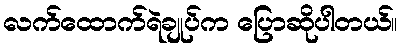
လက်ထောက်ရဲချုပ်က ပြောဆိုပါတယ်။